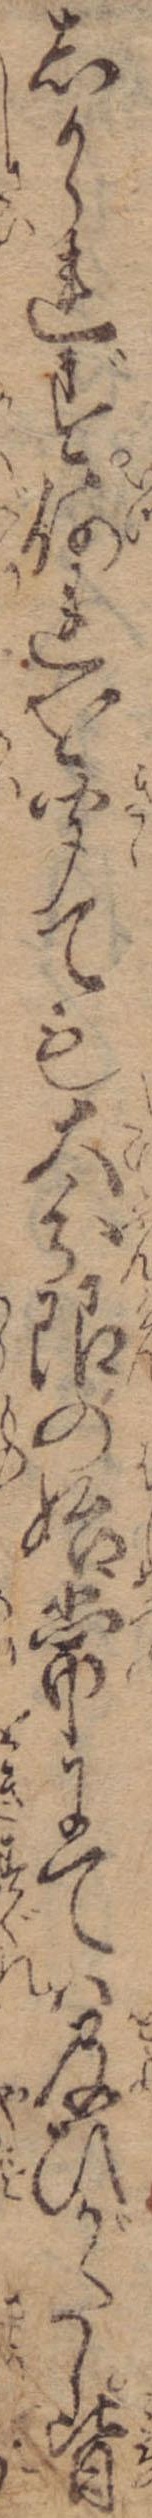
しかられず何れを聞ても大分限の始常にては及ひがたし皆